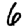
Digit: 6